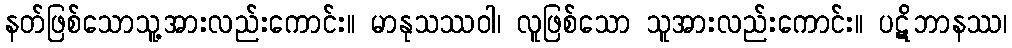
နတ်ဖြစ်သောသူ့အားလည်းကောင်း။ မာနုသဿဝါ၊ လူဖြစ်သော သူအားလည်းကောင်း။ ပဋိဘာနဿ၊